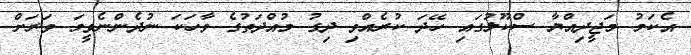
އެކަމު މަޖީދިއްޔާ ސްކޫލުގައި ހޭދަ ކުރެއްވި ދިގު މުއްދަތުގެ ވާހަކަ ނުދެންނެވީމަ ވަރަށް